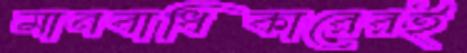
মানবাধিকারেরই